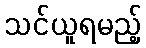
သင်ယူရမည့်